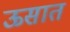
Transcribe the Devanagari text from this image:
ऊसात